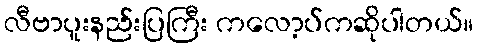
လီဗာပူးနည်းပြကြီး ကလော့ပ်ကဆိုပါတယ်။